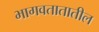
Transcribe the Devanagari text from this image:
भागवतातातील